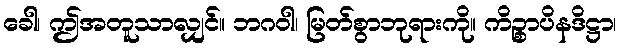
ခေါ၊ ဤအတူသာလျှင်။ ဘဂဝါ၊ မြတ်စွာဘုရားကို။ ကိဉ္စာပိနဒိဋ္ဌာ၊